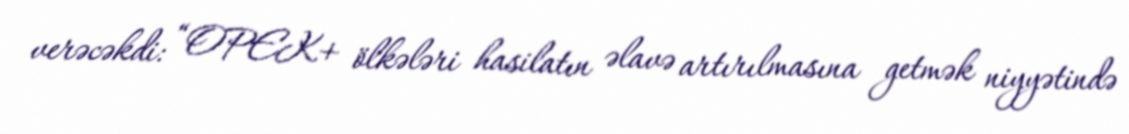
verəcəkdi: “OPEK+ ölkələri hasilatın əlavə artırılmasına getmək niyyətində